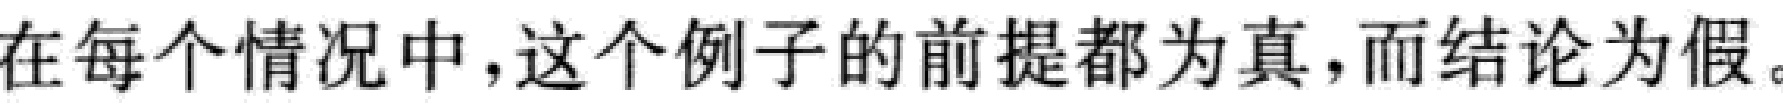
在每个情况中,这个例子的前提都为真,而结论为假。